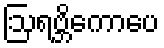
ဩရဗ္ဘိကောပေ